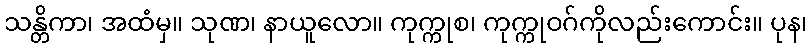
သန္တိကာ၊ အထံမှ။ သုဏ၊ နာယူလော။ ကုက္ကုစ၊ ကုက္ကုဝဂ်ကိုလည်းကောင်း။ ပုန၊